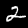
Digit: 2